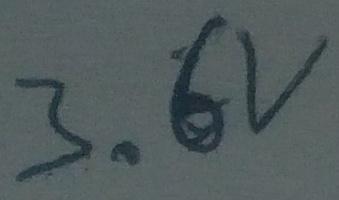
Text: 3.6V